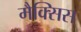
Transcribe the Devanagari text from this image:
मैक्सिस